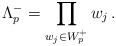
\begin{align*}\Lambda_p^-=\prod_{w_j\in W_p^+}w_j\,.\end{align*}